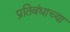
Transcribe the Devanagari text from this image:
प्रतिबंधाच्या